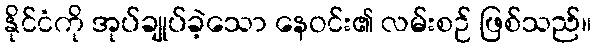
နိုင်ငံကို အုပ်ချုပ်ခဲ့သော နေဝင်း၏ လမ်းစဉ် ဖြစ်သည်။